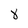
Character: 8